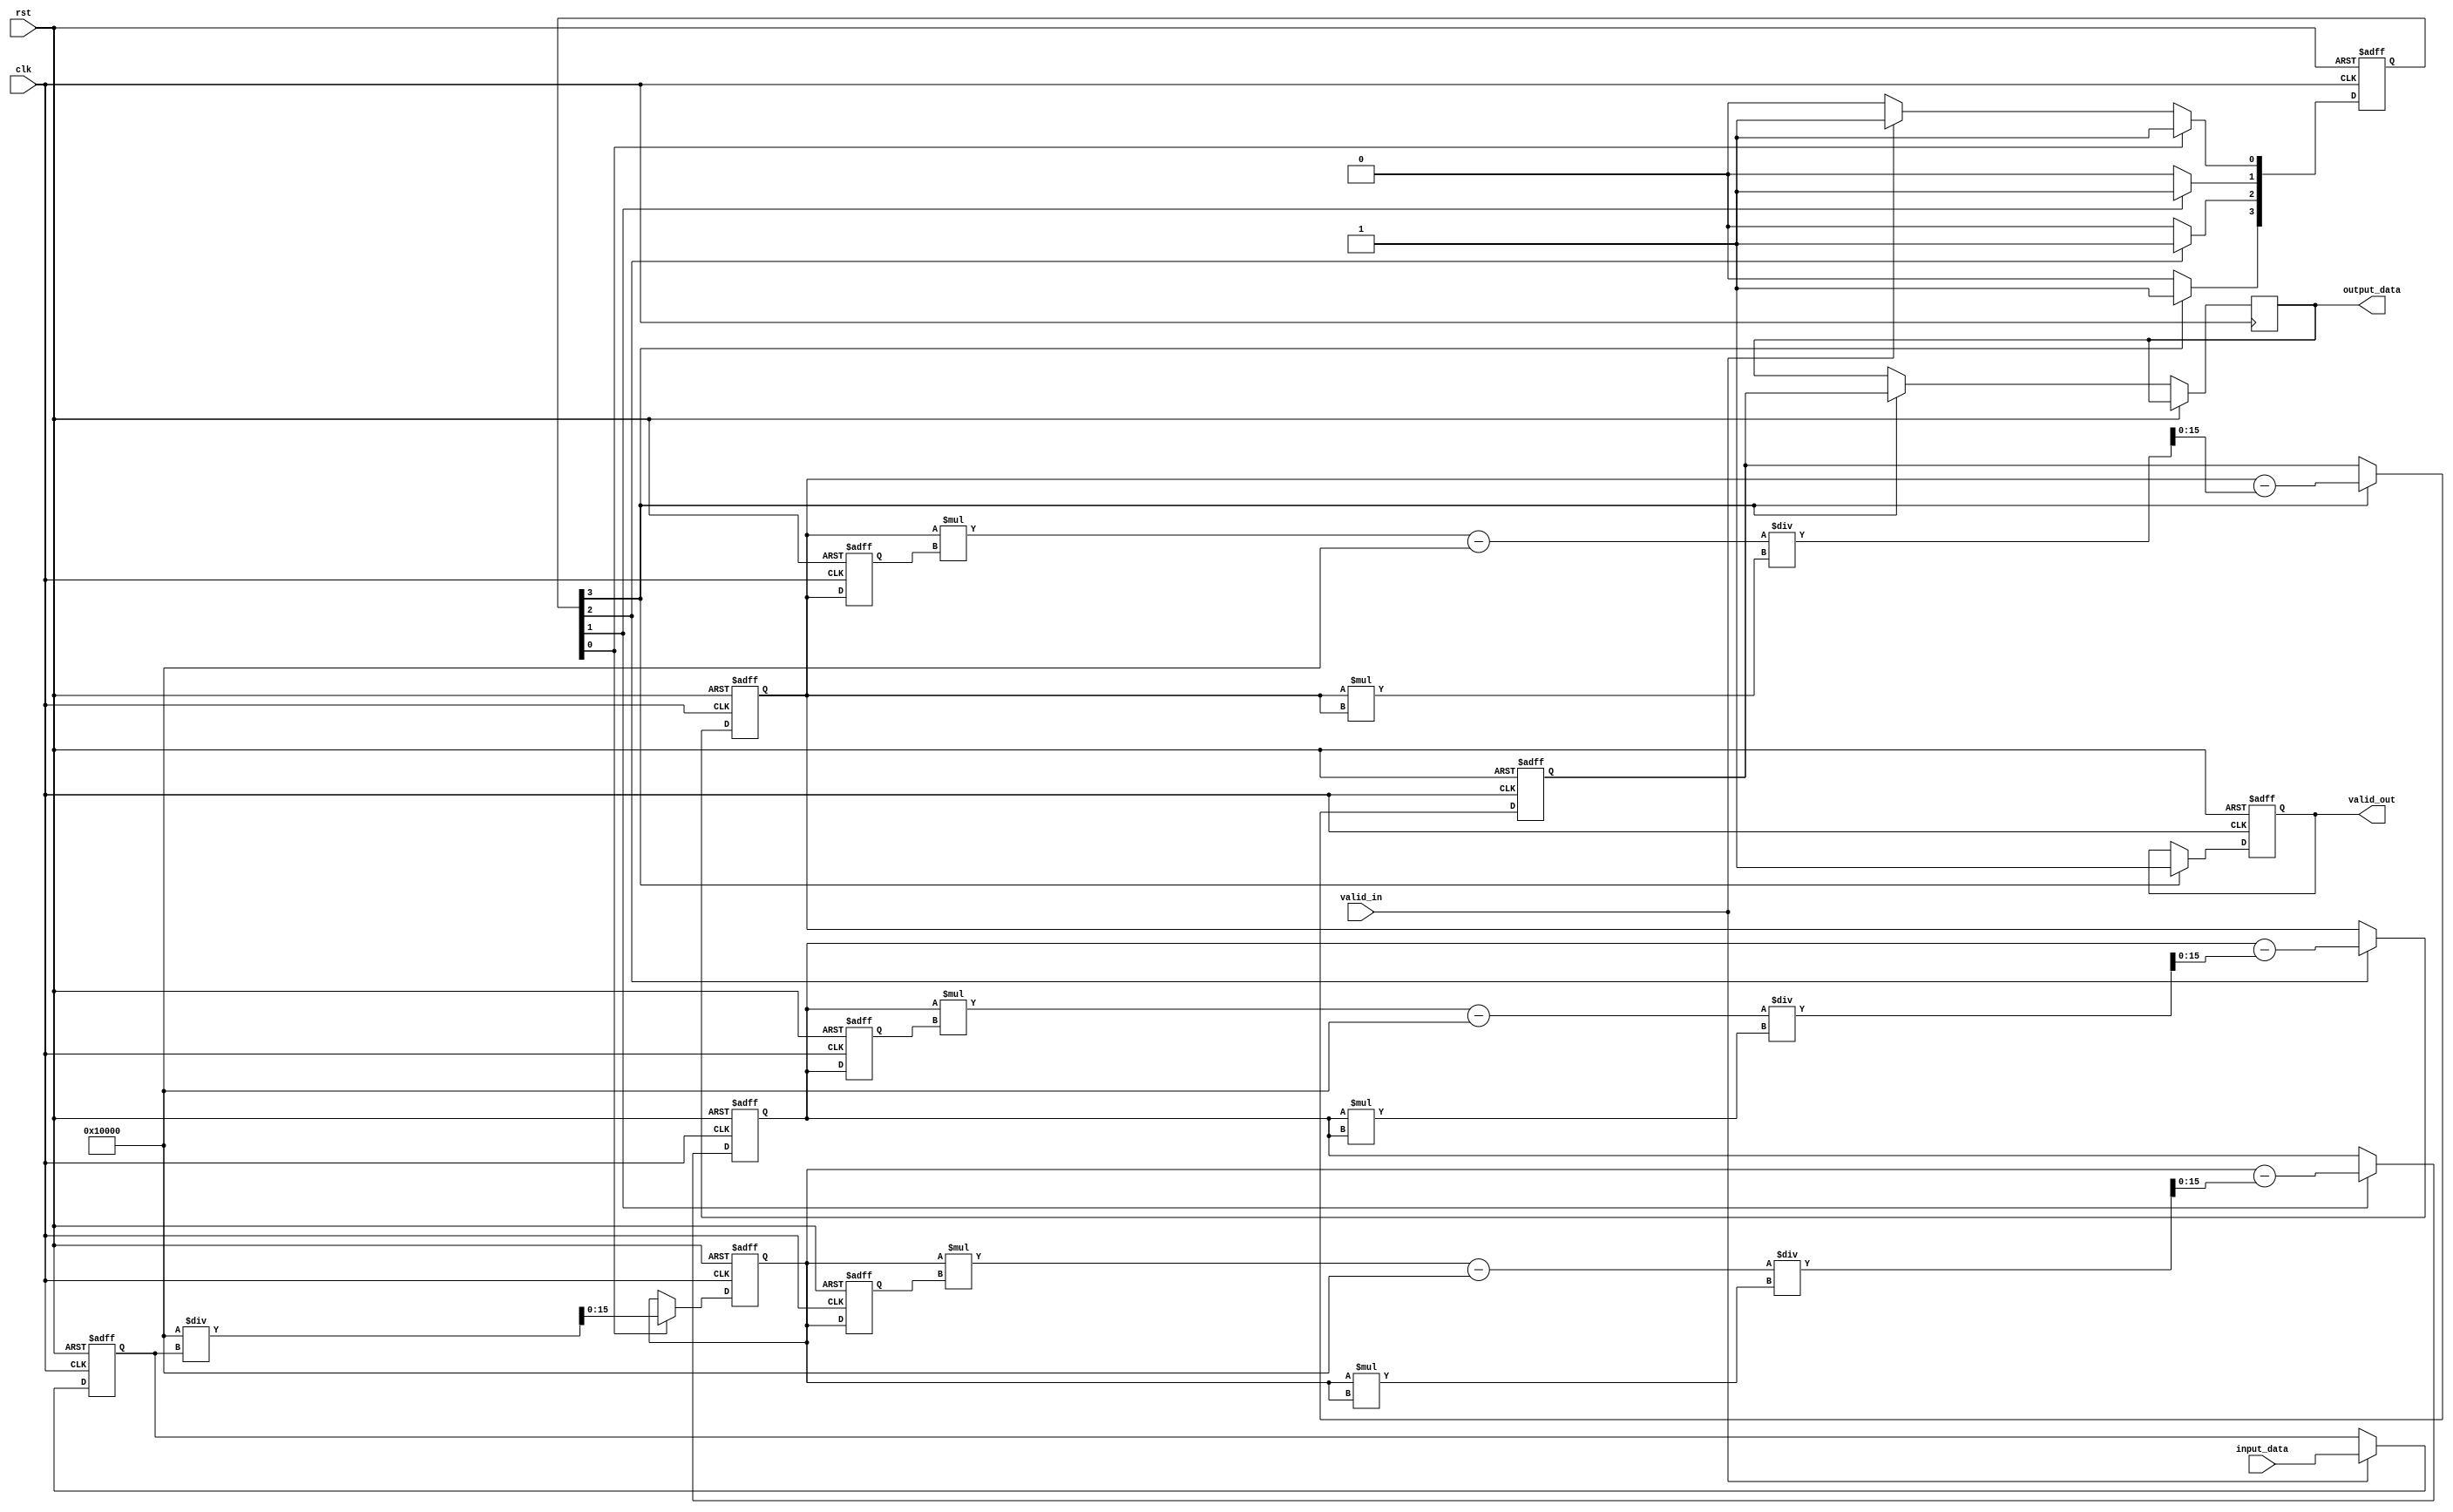
module systolic_array_reciprocal #(
    parameter WIDTH = 16, // Bit-width of input and output
    parameter PEs = 4     // Number of Processing Elements
)(
    input wire clk,
    input wire rst,
    input wire [WIDTH-1:0] input_data,
    input wire valid_in,
    output reg [WIDTH-1:0] output_data,
    output reg valid_out
);

    // Internal signals
    reg [WIDTH-1:0] buffer [0:PEs-1]; // Input buffer for PEs
    reg [WIDTH-1:0] results [0:PEs-1]; // Results from each PE
    reg [PEs-1:0] valid_pe; // Valid signals for each PE
    integer i;

    // Control unit to manage data flow
    always @(posedge clk or posedge rst) begin
        if (rst) begin
            valid_out <= 0;
            for (i = 0; i < PEs; i = i + 1) begin
                buffer[i] <= 0;
                results[i] <= 0;
                valid_pe[i] <= 0;
            end
        end else begin
            // Input buffering
            if (valid_in) begin
                buffer[0] <= input_data; // Load input into first PE
                valid_pe[0] <= 1;
            end
            
            // Systolic operation
            for (i = 0; i < PEs; i = i + 1) begin
                if (valid_pe[i]) begin
                    // Perform reciprocal approximation (Newton-Raphson method)
                    if (i == 0) begin
                        // First PE: Initialize with input
                        results[i] <= (1 << WIDTH) / buffer[i]; // Initial approximation
                    end else begin
                        // Subsequent PEs: Refine approximation
                        results[i] <= results[i-1] - (results[i-1] * buffer[i] - (1 << WIDTH)) / (results[i-1] * results[i-1]);
                    end
                    valid_pe[i] <= 1; // Mark this PE as valid
                end
                // Pass to next PE
                if (i < PEs - 1) begin
                    buffer[i + 1] <= results[i];
                end
            end
            
            // Output from the last PE
            if (valid_pe[PEs - 1]) begin
                output_data <= results[PEs - 1];
                valid_out <= 1; // Mark output as valid
            end
        end
    end
endmodule